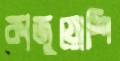
কাজুয়োশি